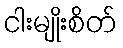
ငါးမျိုးစိတ်